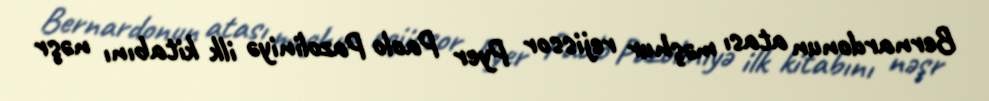
Bernardonun atası məşhur rejissor Pyer Paolo Pazoliniyə ilk kitabını nəşr